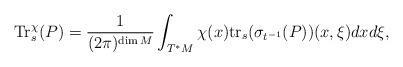
LaTeX: \begin{align*}{\rm Tr}^\chi_s(P)=\frac{1}{(2\pi)^{\dim M}}\int_{T^*M}\chi(x){\rm tr}_s(\sigma_{t^{-1}}(P))(x,\xi) dxd\xi,\end{align*}